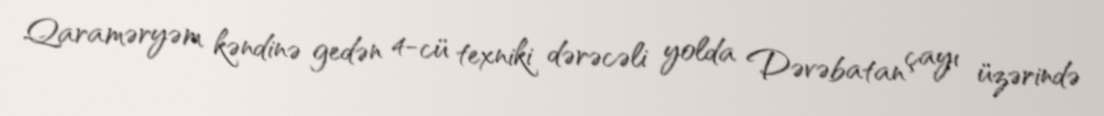
Qaraməryəm kəndinə gedən 4-cü texniki dərəcəli yolda Dəvəbatan çayı üzərində